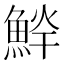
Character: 𱆱